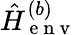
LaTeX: \hat{H}_{\mathrm{~e~n~v~}}^{(b)}